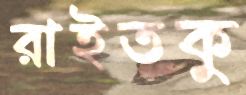
রাইতকু